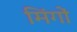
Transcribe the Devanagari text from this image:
मिंगों